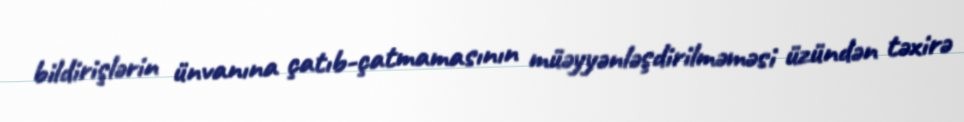
bildirişlərin ünvanına çatıb-çatmamasının müəyyənləşdirilməməsi üzündən təxirə